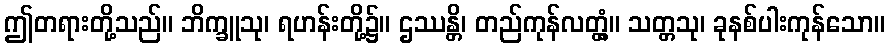
ဤတရားတို့သည်။ ဘိက္ခူသု၊ ရဟန်းတို့၌။ ဌဿန္တိ၊ တည်ကုန်လတ္တံ့။ သတ္တသု၊ ခုနစ်ပါးကုန်သော။